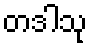
တဒါသု